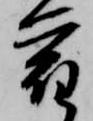
宿